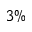
3 \%